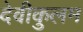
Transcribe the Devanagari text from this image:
देवीकुलम